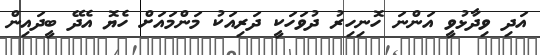
އަދި ވިދާޅުވީ އަންނަ ހޮނިހިރު ދުވަހަކީ ދަރިއަކު މަންމައަށް ހެޔޮ އެދޭ ބީދައިން